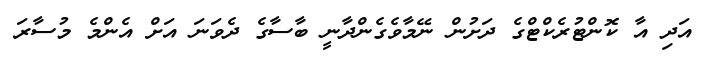
އަދި އާ ކޮންޓުރެކްޓްގެ ދަށުން ނޭމާވެގެންދާނީ ބާސާގެ ދެވަނަ އަށް އެންމެ މުސާރަ